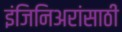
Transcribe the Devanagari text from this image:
इंजिनिअरांसाठी